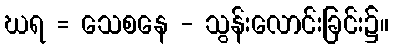
ဃရ = သေစနေ - သွန်းလောင်းခြင်း၌။